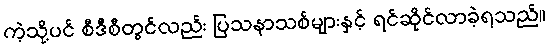
ကဲ့သို့ပင် စီဒီစီတွင်လည်း ပြသနာသစ်များနှင့် ရင်ဆိုင်လာခဲ့ရသည်။